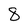
Character: 8